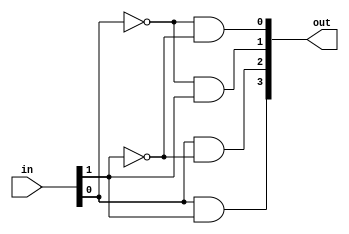
`timescale 1ns / 1ps
//////////////////////////////////////////////////////////////////////////////////
// Company: 
// Engineer: 
// 
// Design Name: 
// Module Name: deco
// Project Name: 
// Target Devices: 
// Tool Versions: 
// Description: 
// 
// Dependencies: 
// 
// Revision:
// Revision 0.01 - File Created
// Additional Comments:
// 
//////////////////////////////////////////////////////////////////////////////////


module deco(
    input  [1:0] in,
    output [3:0] out
    );
    
    assign out[0] = ~in[0] & ~in[1];
    assign out[1] = ~in[0] & in[1];
    assign out[2] = in[0] & ~in[1];
    assign out[3] = in[0] & in[1];
endmodule